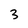
Character: 3